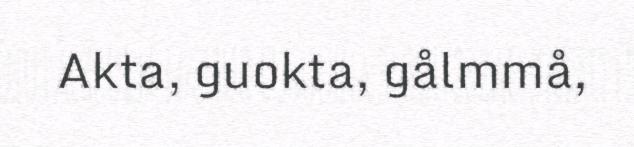
Akta, guokta, gålmmå,